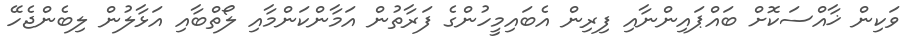
ވަކިން ޚާއްސަކޮށް ބައްޕައިންނާއި ފިރިން އެބައިމީހުންގެ ފަރާތުން އަމާންކަންމާއި ލޯތްބާއި އަޅާލުން ލިބެންޖެހޭ